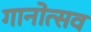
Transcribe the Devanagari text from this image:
गानोत्सव